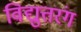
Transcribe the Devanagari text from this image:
विद्युत्तरंग